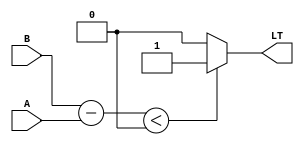
module less_than_comparator(
    input [7:0] A,
    input [7:0] B,
    output reg LT // output signal indicating if A < B
);

// Subtract A from B
reg [7:0] diff;
always @* begin
    diff = B - A;
end

// Comparator logic
always @* begin
    if(diff < 0)
        LT = 1;
    else
        LT = 0;
end

endmodule